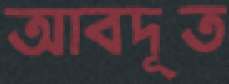
আবদূত